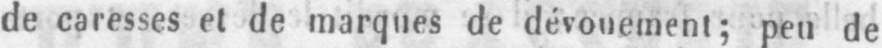
de caresses et de marques de dévouement; peu de